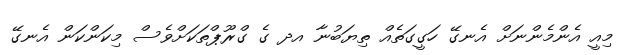
މިއީ އެންމެންނަށް އެނގޭ ހަގީގަތެއް ތިޔަބުނާ އދ ގެ ގްރޫޕްތަކަށްވެސް މިކަންކަން އެނގޭ